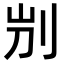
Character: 𠛕